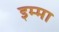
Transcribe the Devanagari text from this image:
इम्मा